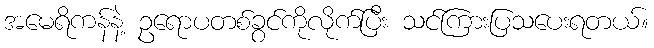
အမေရိကန်နဲ့ ဥရောပတစ်ခွင်ကိုလိုက်ပြီး သင်ကြားပြသပေးရတယ်။